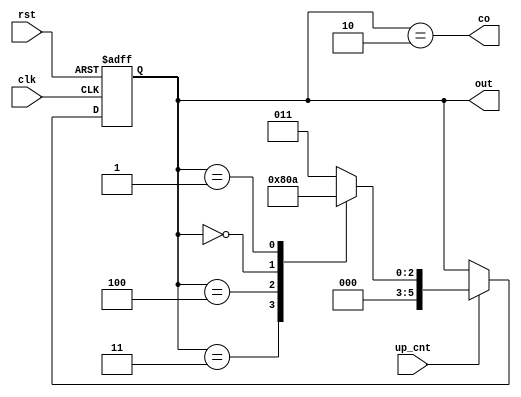
module Counter5(
	clk,
	rst,
	up_cnt,
	co,
	out
);
	input clk, rst, up_cnt;
	output reg co;
	output reg[5:0] out;

	always @(posedge clk, posedge rst) begin

		if(rst)
			out <= 6'd0;

		else if(up_cnt) begin

			case(out)
			3'b011 : out <= 3'b100;
			3'b100 : out <= 3'b000;
			3'b000 : out <= 3'b001; 
			3'b001 : out <= 3'b010;
			default  out <= 3'b011;
			endcase
		end
		
	end

	assign co = (out == 3'b010);

endmodule